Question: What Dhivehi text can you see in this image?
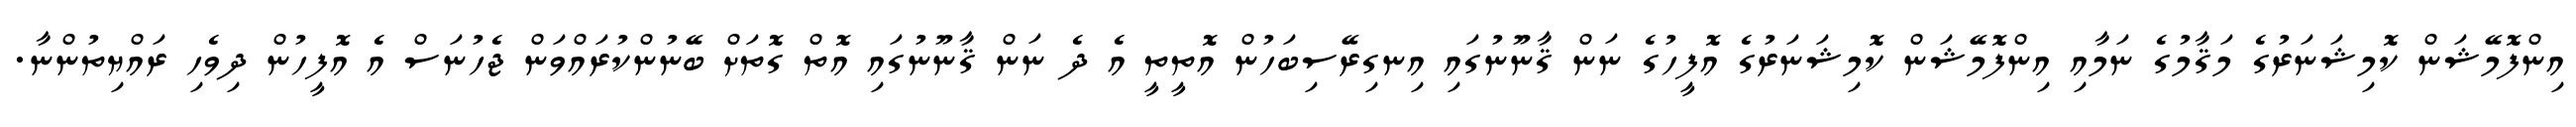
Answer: އިންފޮމޭޝަން ކޮމިޝަނަރުގެ މަޤާމުގެ ނަމާއި އިންފޮމޭޝަން ކޮމިޝަނަރުގެ އޮފީހުގެ ނަން ޤާނޫނުގައި އިނގިރޭސިބަހުން އޮތީތީ އެ ދެ ނަން ޤާނޫނުގައި އޮތް ގޮތަށް ބޭނުންކުރައްވަން ޖެހުނަސް އެ އޮފީހުން ދިވެހި ރައްޔިތުންނާ.